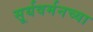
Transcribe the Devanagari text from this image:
सूर्यवर्मनच्या